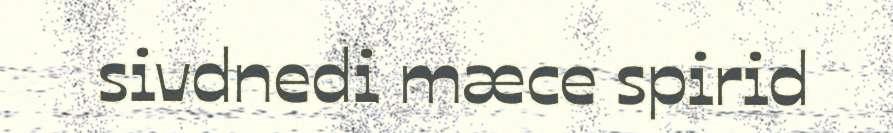
sivdnedi mæce spirid